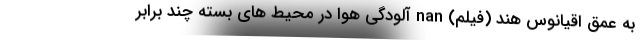
به عمق اقیانوس هند (فیلم) nan آلودگی هوا در محیط های بسته چند برابر